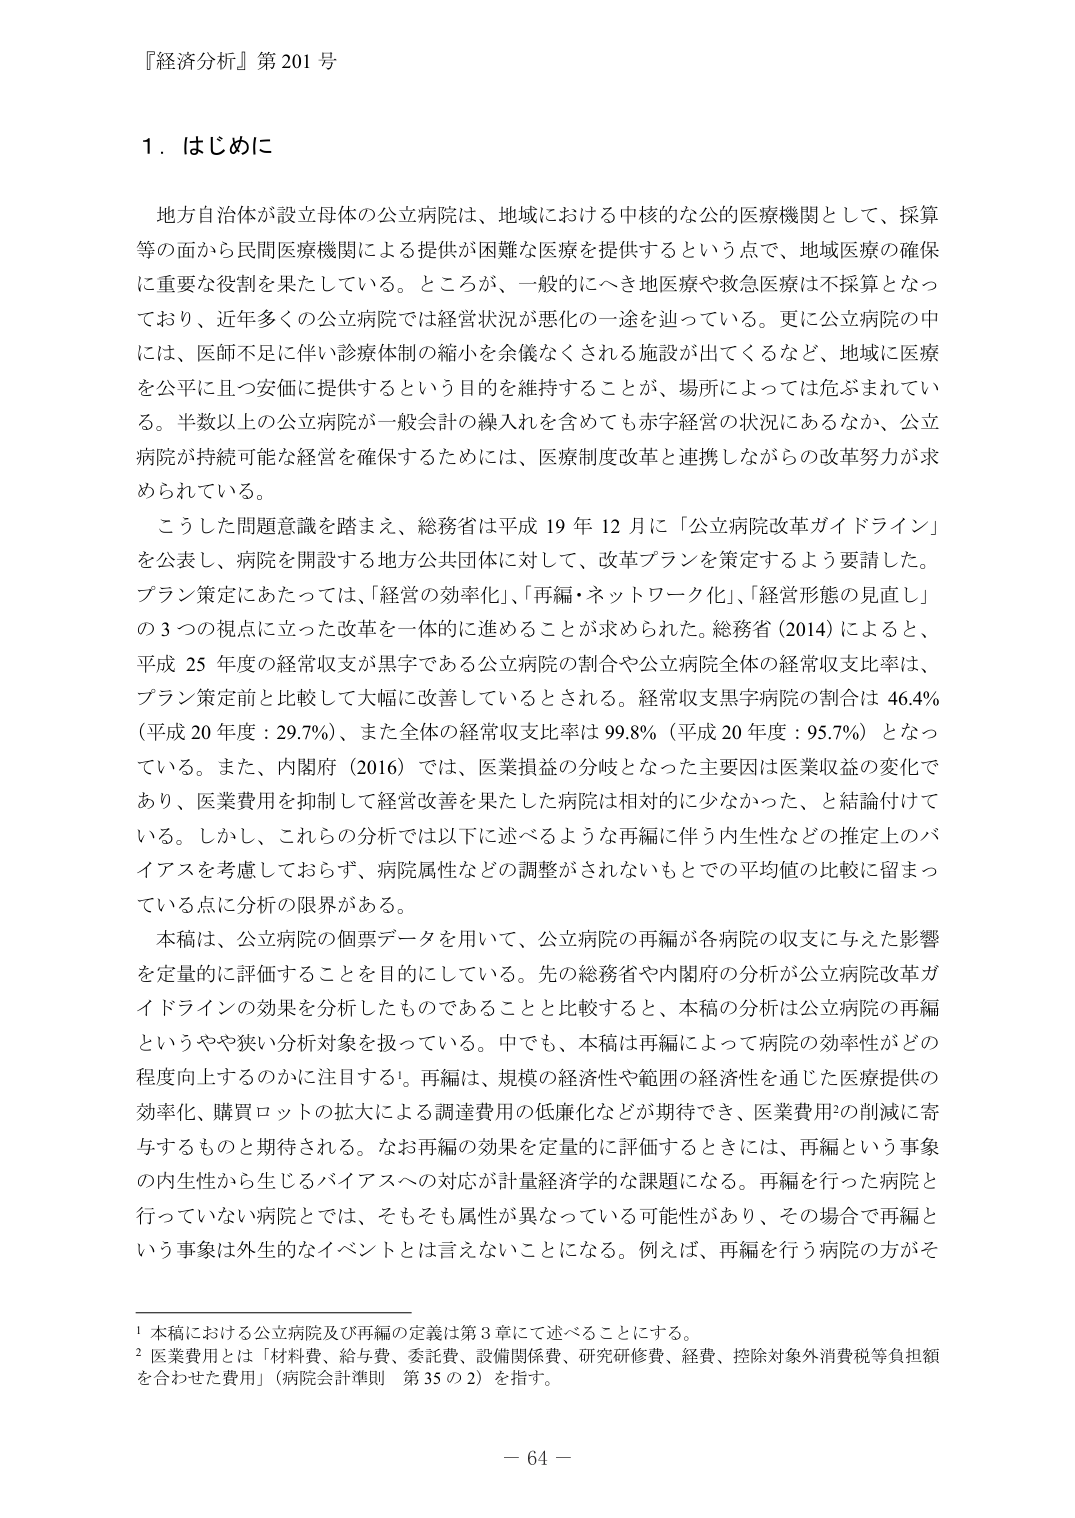
『経済分析』第 201 号

1．はじめに

地方自治体が設立母体の公立病院は、地域における中核的な公的医療機関として、採算等の面から民間医療機関による提供が困難な医療を提供するという点で、地域医療の確保に重要な役割を果たしている。ところが、一般的にへき地医療や救急医療は不採算となっており、近年多くの公立病院では経営状況が悪化の一途を辿っている。更に公立病院の中には、医師不足に伴い診療体制の縮小を余儀なくされる施設が出てくるなど、地域に医療を公平に且つ安価に提供するという目的を維持することが、場所によっては危ぶまれている。半数以上の公立病院が一般会計の繰入れを含めても赤字経営の状況にあるなか、公立病院が持続可能な経営を確保するためには、医療制度改革と連携しながらの改革努力が求められている。

こうした問題意識を踏まえ、総務省は平成 19 年 12 月に「公立病院改革ガイドライン」を公表し、病院を開設する地方公共団体に対して、改革プランを策定するよう要請した。プラン策定にあたっては、「経営の効率化」、「再編・ネットワーク化」、「経営形態の見直し」の3つの視点に立った改革を一体的に進めることが求められた。総務省（2014）によると、平成 25 年度の経常収支が黒字である公立病院の割合や公立病院全体の経常収支比率は、プラン策定前と比較して大幅に改善しているとされる。経常収支黒字病院の割合は 46.4%（平成 20 年度：29.7%）、また全体の経常収支比率は 99.8%（平成 20 年度：95.7%）となっている。また、内閣府（2016）では、医業損益の分岐となった主要因は医業収益の変化であり、医業費用を抑制して経営改善を果たした病院は相対的に少なかった、と結論付けている。しかし、これらの分析では以下に述べるような再編に伴う内生性などの推定上のバイアスを考慮しておらず、病院属性などの調整がされないもとでの平均値の比較に留まっている点に分析の限界がある。

本稿は、公立病院の個票データを用いて、公立病院の再編が各病院の収支に与えた影響を定量的に評価することを目的としている。先の総務省や内閣府の分析が公立病院改革ガイドラインの効果を分析したものであることと比較すると、本稿の分析は公立病院の再編というやや狭い分析対象を扱っている。中でも、本稿は再編によって病院の効率性がどの程度向上するのかに注目する1。再編は、規模の経済性や範囲の経済性を通じた医療提供の効率化、購買ロットの拡大による調達費用の低廉化などが期待でき、医業費用2の削減に寄与するものと期待される。なお再編の効果を定量的に評価するときには、再編という事象の内生性から生じるバイアスへの対応が計量経済学的な課題になる。再編を行った病院と行っていない病院とでは、そもそも属性が異なっている可能性があり、その場合で再編という事象は外生的なイベントとは言えないことになる。例えば、再編を行う病院の方がそ

1 本稿における公立病院及び再編の定義は第 3 章にて述べることにする。
2 医業費用とは「材料費、給与費、委託費、設備関係費、研究研修費、経費、控除対象外消費税等負担額を合わせた費用」（病院会計準則 第 35 の 2）を指す。

－ 64 －